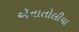
ઍનાતોલીયા